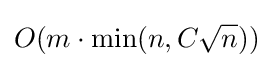
O(m\cdot \min(n,C{\sqrt {n}}))